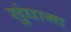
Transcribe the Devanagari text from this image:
सुंघाना